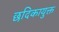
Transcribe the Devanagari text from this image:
छदिकायुक्त